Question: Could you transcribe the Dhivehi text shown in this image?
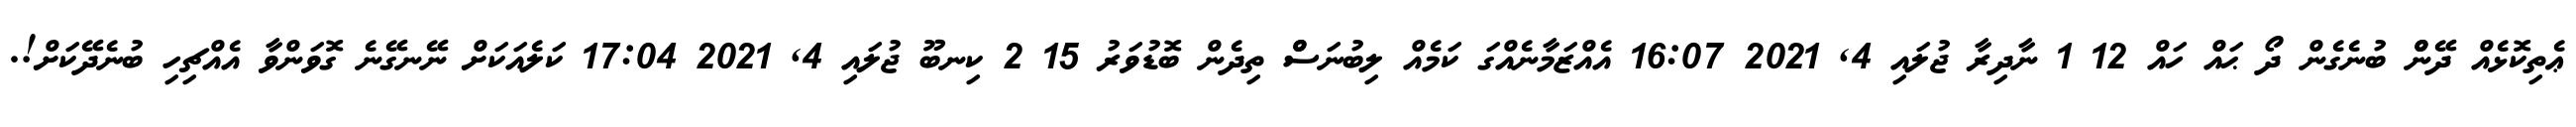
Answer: ޢެތިކޮޅެއް ދޭންް ބުނެގެން ދޯ ޙައް ހައް 12 1 ނާދިރާ ޖުލައި 4, 2021 16:07 އެއްޒަމާނެއްގަ ކަމެއް ލިބުނަސްް ތިދެން ބޮޑުވަރު 15 2 ކިނބޫ ޖުލައި 4, 2021 17:04 ކަލެއަކަށް ނޭނގޭނެ ގޮވަންވާ އެއްޗިހި ބުނެދޭކަށް!.